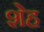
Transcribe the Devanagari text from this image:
शेह